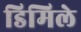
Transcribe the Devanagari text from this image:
डिमिले